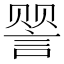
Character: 𬢯